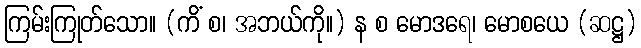
ကြမ်းကြုတ်သော။ (ကိံ စ၊ အဘယ်ကို။) န စ မောဒရေ၊ မောစယေ (ဆဋ္ဌ)